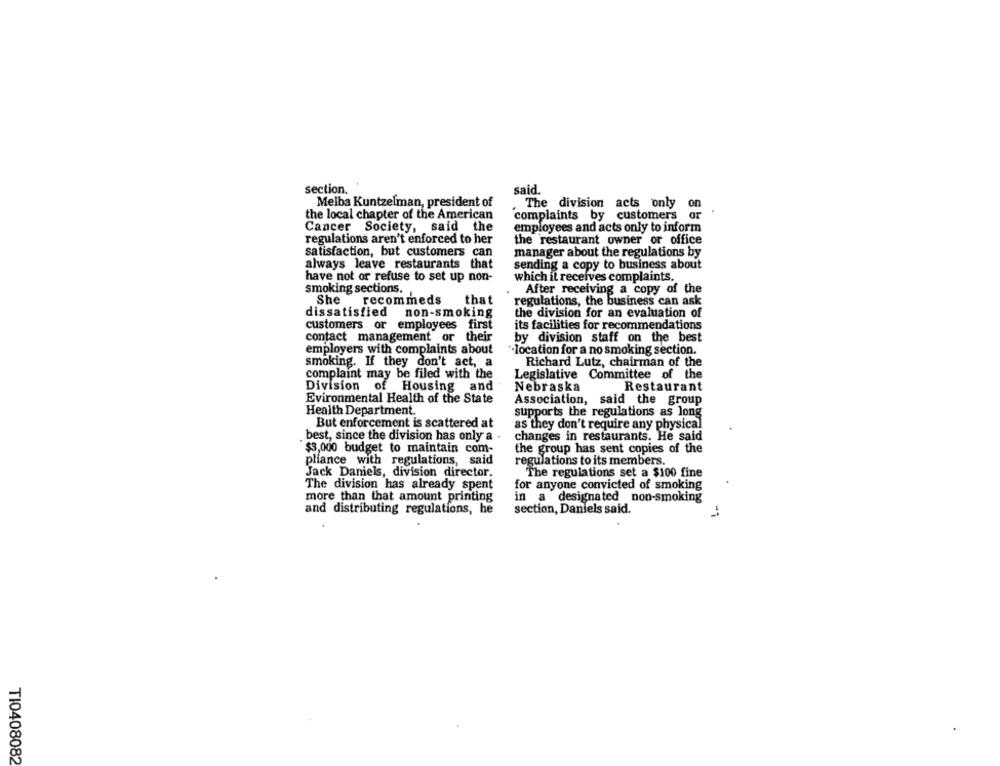
section.
said.
Melba Kuntzelman, president of
The division acts only on
the local chapter of the American
complaints by customers or
Cancer Society, said the
employees and acts only to inform
regulations aren't enforced to her
the restaurant owner or office
satisfaction, but customers can
manager about the regulations by
always leave restaurants that
sending a copy to business about
have not or refuse to set up non-
which it receives complaints.
smoking sections.
After receiving a copy of the
She
recommeds
that
regulations, the business can ask
dissatisfied
non-smoking
the division for an evaluation of
customers or employees
first
its facilities for recommendations
contact management or their
by division staff on the best
employers with complaints about
"location for a no smoking section.
smoking. If they don't act, a
Richard Lutz, chairman of the
complaint may be filed with the
Legislative Committee of the
Division of Housing and
Nebraska
Restaurant
Evironmental Health of the State
Association, said the group
Health Department.
supports the regulations as long
But enforcement is scattered at
as they don't require any physical
best, since the division has only a .
changes in restaurants. He said
$3,000 budget to maintain com-
the group has sent copies of the
pliance with regulations, said
regulations to its members.
Jack Daniels, division director.
The regulations set a $100 fine
The division has already spent
for anyone convicted of smoking
more than that amount printing
in a designated non-smoking
and distributing regulations, he
section, Daniels said.
TI0408082